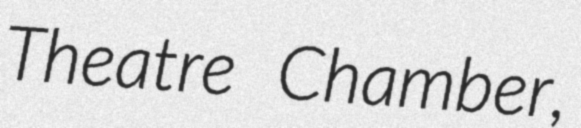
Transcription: Theatre Chamber,